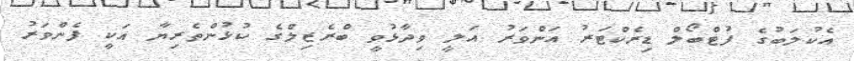
އެކުލަބުގެ ފުޓްބޯލް ޑިރެކްޓަރު އަންވަރު އަލީ ވިދާޅުވީ ބްރެޒިލްގެ ކުޅުންތެރިޔާ އަކީ ފެންވަރު